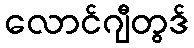
လောင်ဂျီတွဒ်